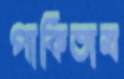
পাকিতাম